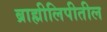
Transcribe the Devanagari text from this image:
ब्राह्मीलिपीतील